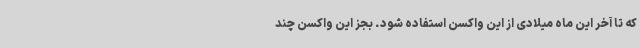
که تا آخر این ماه میلادی از این واکسن استفاده شود. بجز این واکسن چند